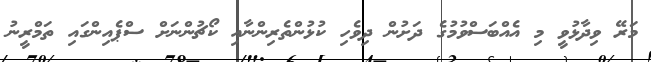
މަރޭ ވިދާޅުވީ މި އެއްބަސްވުމުގެ ދަށުން ދިވެހި ކުޅުންތެރިންނާއި ކޯޗުންނަށް ސްޕެއިންގައި ތަމްރީނު